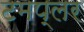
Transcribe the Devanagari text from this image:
टमप्लर